Annual statistical returns and brief notes on vaccination in Bengal - 1896-1909
Year: 1896
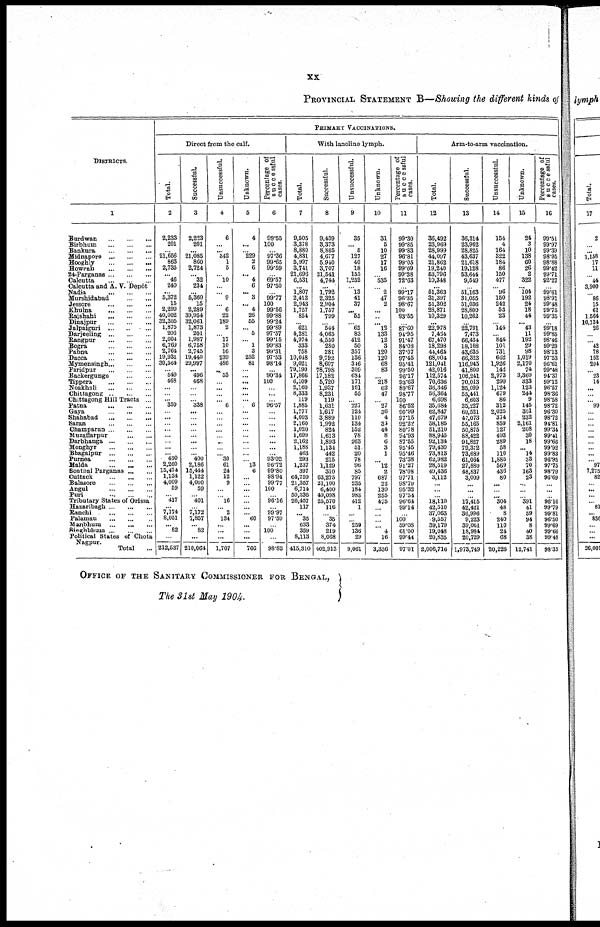
xx
PROVINCIAL STATEMENT B—Showing the different kinds of
DISTRICTS.
1
Burdwan
...
...
...
Birbhum
...
...
...
Bankura
...
...
...
Midnapore
...
...
...
Hooghly
...
...
...
Howrah
...
...
...
24-Parganas
...
...
...
Calcutta
...
...
...
Calcutta and A. V. Depôt
Nadia
...
...
...
Murshidabad
...
...
...
Jessore
...
...
...
Khulna
...
...
...
Rajshahi
...
...
...
Dinajpur
...
...
...
Jalpaiguri
...
...
...
Darjeeling
...
...
...
Rangpur
...
...
...
Bogra
...
...
...
Pabna
...
...
...
Dacca
...
...
...
Mymensingh
...
...
...
Faridpur
...
...
...
Backergunge ... ...
Tippera ... ... ...
Noakhali
...
...
...
Chittagong
...
...
...
Chittagong Hill Tracts ...
Patna
...
...
...
Gaya
...
...
...
Shahabad
...
...
...
Saran
...
...
...
Champaran
...
...
...
Muzaffarpur
...
...
...
Darbhanga
...
...
...
Monghyr
...
...
...
Bhagalpur
...
...
...
Purnea
...
...
...
Malda
...
...
...
Sonthal Parganas
...
...
Cuttack
...
...
...
Balasore
...
...
...
Angul
...
...
...
Puri
...
...
...
Tributary States of Orissa
Hazaribagh
...
...
...
Ranchi
...
...
...
Palamau
...
...
...
Manbhum
...
...
...
Singhbhum
...
...
...
Political States of Chota
Nagpur.
Total ... ... ...
PRIMARY VACCINATIONS.
Direct from the calf.
Total.
2
2,233
201
... 21,666
863
2,735
... 46
240
...
5,372
15
2,299
40,002
32,305
1,875
206
2,004
6,769
2,764
19,931
30,564
...
549
468
...
...
...
350
...
...
...
...
...
...
...
... 430
2,260
15,474
1,134
4,009
59
...
417
...
7,174
8,051
...
82
...
212,537
Successful.
3
2,223
201
...
21,085
860
2,724
...
32
234
...
5,360
15
2,289
39,954
32,061
1,873
201
1,987
6,758
2,745
19,440
29,997
... 496
468
...
...
...
338
...
...
...
...
...
...
...
...
400
2,186
15,444
1,122
4,000
59
...
401
...
7,172
7,857
... 82
...
210,064
Unsuccessful.
4
6
...
... 342
1
5
...
10
...
...
9
...
6
22
189
2
...
17
10
16
239
486
... 53
...
...
...
...
6
...
...
...
...
...
...
...
...
30
61
24
12
9
...
...
16
...
2
134
...
...
...
1,707
Unknown.
5
4
...
... 229
2
6
... 4
6
... 3
... 4
26
55
...
5
...
1
3
252
81
...
...
...
...
...
...
6
...
...
...
...
...
...
...
...
...
13
6
...
...
...
...
...
...
...
60
...
...
...
766
Percentage of
S u c c e ssful
cases.
6
99.55
100
... 97.36
99.65
99.59
...
69.57
97.50
...
99.77
100
99.56
99.88
99.24
99.89
97.57
99.15
99.83
99.31
97.53
98.14
...
90.34
100
...
...
...
96.57
...
...
...
...
...
...
...
...
93.02
96.72
99.80
98.94
99.77
100
...
96.16
...
99.97
97.59
...
100
...
98.83
With lanoline lymph.
Total.
7
9,505
3,378
8,880
4,831
5,997
3,741
21,696
6,531
...
1,807
2,413
2,943
1,757
854
...
621
4,281
4,974
333
758
10,018
9,021
79,190
17,866
6,109
2,160
8,333
119
1,885
1,777
4,003
2,160
1,020
1,699
2,162
1,188
463
293
1,237
397
64,759
21,357
6,714
50,336
26,457
117
...
35
633
359
8,113
415,310
Successful.
8
9,439
3,373
8,865
4,677
5,940
3,707
21,541
4,744
...
1,792
2,325
2,904
1,757
799
...
544
4,065
4,550
280
281
9,792
8,607
78,798
17,182
5,720
1,937
8,231
119
1,631
1,617
3,889
1,992
824
1,613
1,893
1,134
442
215
1,129
310
63,275
21,100
6,400
49,098
25,570
116
...
35
374
219
8,068
402,913
Unsuccessful.
9
35
... 5
127
40
18
155
1,252
...
13
41
37
...
55
...
65
83
412
50
357
136
346
309
684
171
181
55
...
227
124
110
134
152
78
263
51
20
78
96
85
797
235
184
983
412
1
...
...
259
136
29
9,061
Unknown.
10
31
5
10
27
17
16
...
535
...
2
47
2
...
...
...
12
133
12
3
120
120
68
83
...
218
62
47
...
27
36
4
34
44
8
6
3
1
...
12
2
687
22
130
255
475
...
...
...
... 4
16
3,336
Percentage of
successful
cases.
11
99.30
99.85
99.83
96.81
99.05
99.09
99.28
72.63
...
99.17
96.35
98.67
100
93.55
...
87.60
94.95
91.47
84.03
37.07
97.45
95.41
99.50
96.17
93.63
89.67
98.77
100
86.52
90.99
97.15
92.22
80.78
94.93
87.55
95.45
95.46
73.38
91.27
78.08
97.71
98.70
95.32
97.54
96.64
99.14
... 100
59.08
61.00
99.44
97.01
Arm-to-arm vaccination.
Total.
12
36,492
23,969
28,999
44,007
21,862
19,240
53,796
10,348
...
51,363
31,397
51,302
28,871
10,329
...
22,978
7,434
67,470
18,298
44,464
68,004
121,041
42,016
112,574
70,636
36,346
58,364
6,698
35,684
62,847
47,679
58,185
51,210
88,945
92,134
79,430
73,813
62,982
28,519
49,436
3,112
...
...
...
18,110
42,510
37,063
9,557
39,179
19,048
20,835
2,006,716
Successful.
13
36,314
23,962
28,825
43,637
21,618
19,128
53,644
9,549
...
51,163
31,055
51,036
28,800
10,262
...
22,791
7,473
66,434
18,168
43,635
66,323
116,945
41,800
106,241
70,013
35,099
55,441
6,603
35,227
60,521
47,073
55,165
50,875
88,422
91,827
79,372
73,689
61,064
27,880
48,837
3,009
...
...
...
17,415
42,421
36,996
9,223
39,061
18,984
20,729
1,973,749
Unsuccessful.
14
154
4
164
322
184
86
150
477
...
96
150
242
53
23
...
144
...
844.
101
731
662
1,926
142
2,973
290
1,124
679
86
312
2,025
374
859
127
493
289
58
110
1,885
569
436
80
...
...
...
304
48
8
240
110
24
68
20,226
Unknown.
15
24
3
10
138
60
26
2
322
... 104
192
24
18
44
... 43
11
192
29
98
1,019
2,170
74
3,360
333
123
244
9
145
301
232
2,161
208
30
18
...
14
33
70
163
23
...
...
...
391
41
59
94
8
40
38
12,741
Percentage of
successful
cases.
16
99.51
99.97
99.39
98.95
98.88
99.42
99.71
92.27
...
99.61
98.91
99.48
99.75
99.35
...
99.18
99.85
98.46
99.29
98.13
97.53
96.61
99.48
94.37
99.12
96.57
98.36
98.58
98.72
96.30
98.72
94.81
99.34
99.41
99.66
99.92
99.83
96.95
97.75
98.79
96.69
...
...
...
96.16
99.79
99.81
96.50
99.69
99.66
99.48
98.35
OFFICE OF THE SANITARY COMMISSIONER FOR BENGAL,
The 31st May 1904.